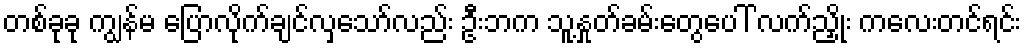
တစ်ခုခု ကျွန်မ ပြောလိုက်ချင်လှသော်လည်း ဦးဘက သူ့နှုတ်ခမ်းတွေပေါ် လက်ညှိုး ကလေးတင်ရင်း